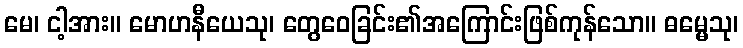
မေ၊ ငါ့အား။ မောဟနီယေသု၊ တွေဝေခြင်း၏အကြောင်းဖြစ်ကုန်သော။ ဓမ္မေသု၊